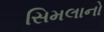
સિમલાનો